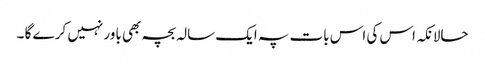
حالانکہ اس کی اس بات پہ ایک سالہ بچہ بھی باور نہیں کر ے گا ۔